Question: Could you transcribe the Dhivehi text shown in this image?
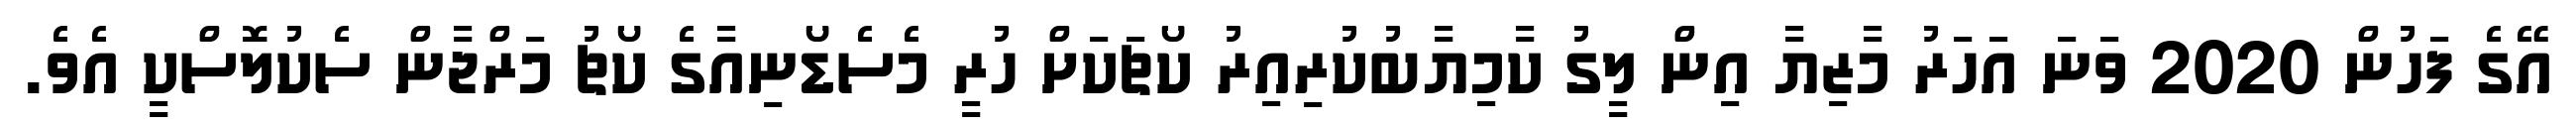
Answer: އޭގެ ފަހުން 2020 ވަނަ އަހަރު މާޒިޔާ އިން ލީގު ކާމިޔާބުކުރިއިރު ކޯޗަކަށް ހުރީ މެސެޑޯނިއާގެ ކޯޗު މަރްޖާން ސެކުލޮސްކީ އެވެ.